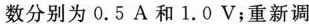
数分别为0.5A和1.0V；重新调